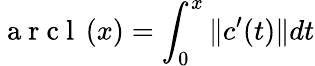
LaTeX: \mathrm{~a~r~c~l~}\left(x\right)=\int_{0}^{x}\| c^{\prime}(t)\| dt